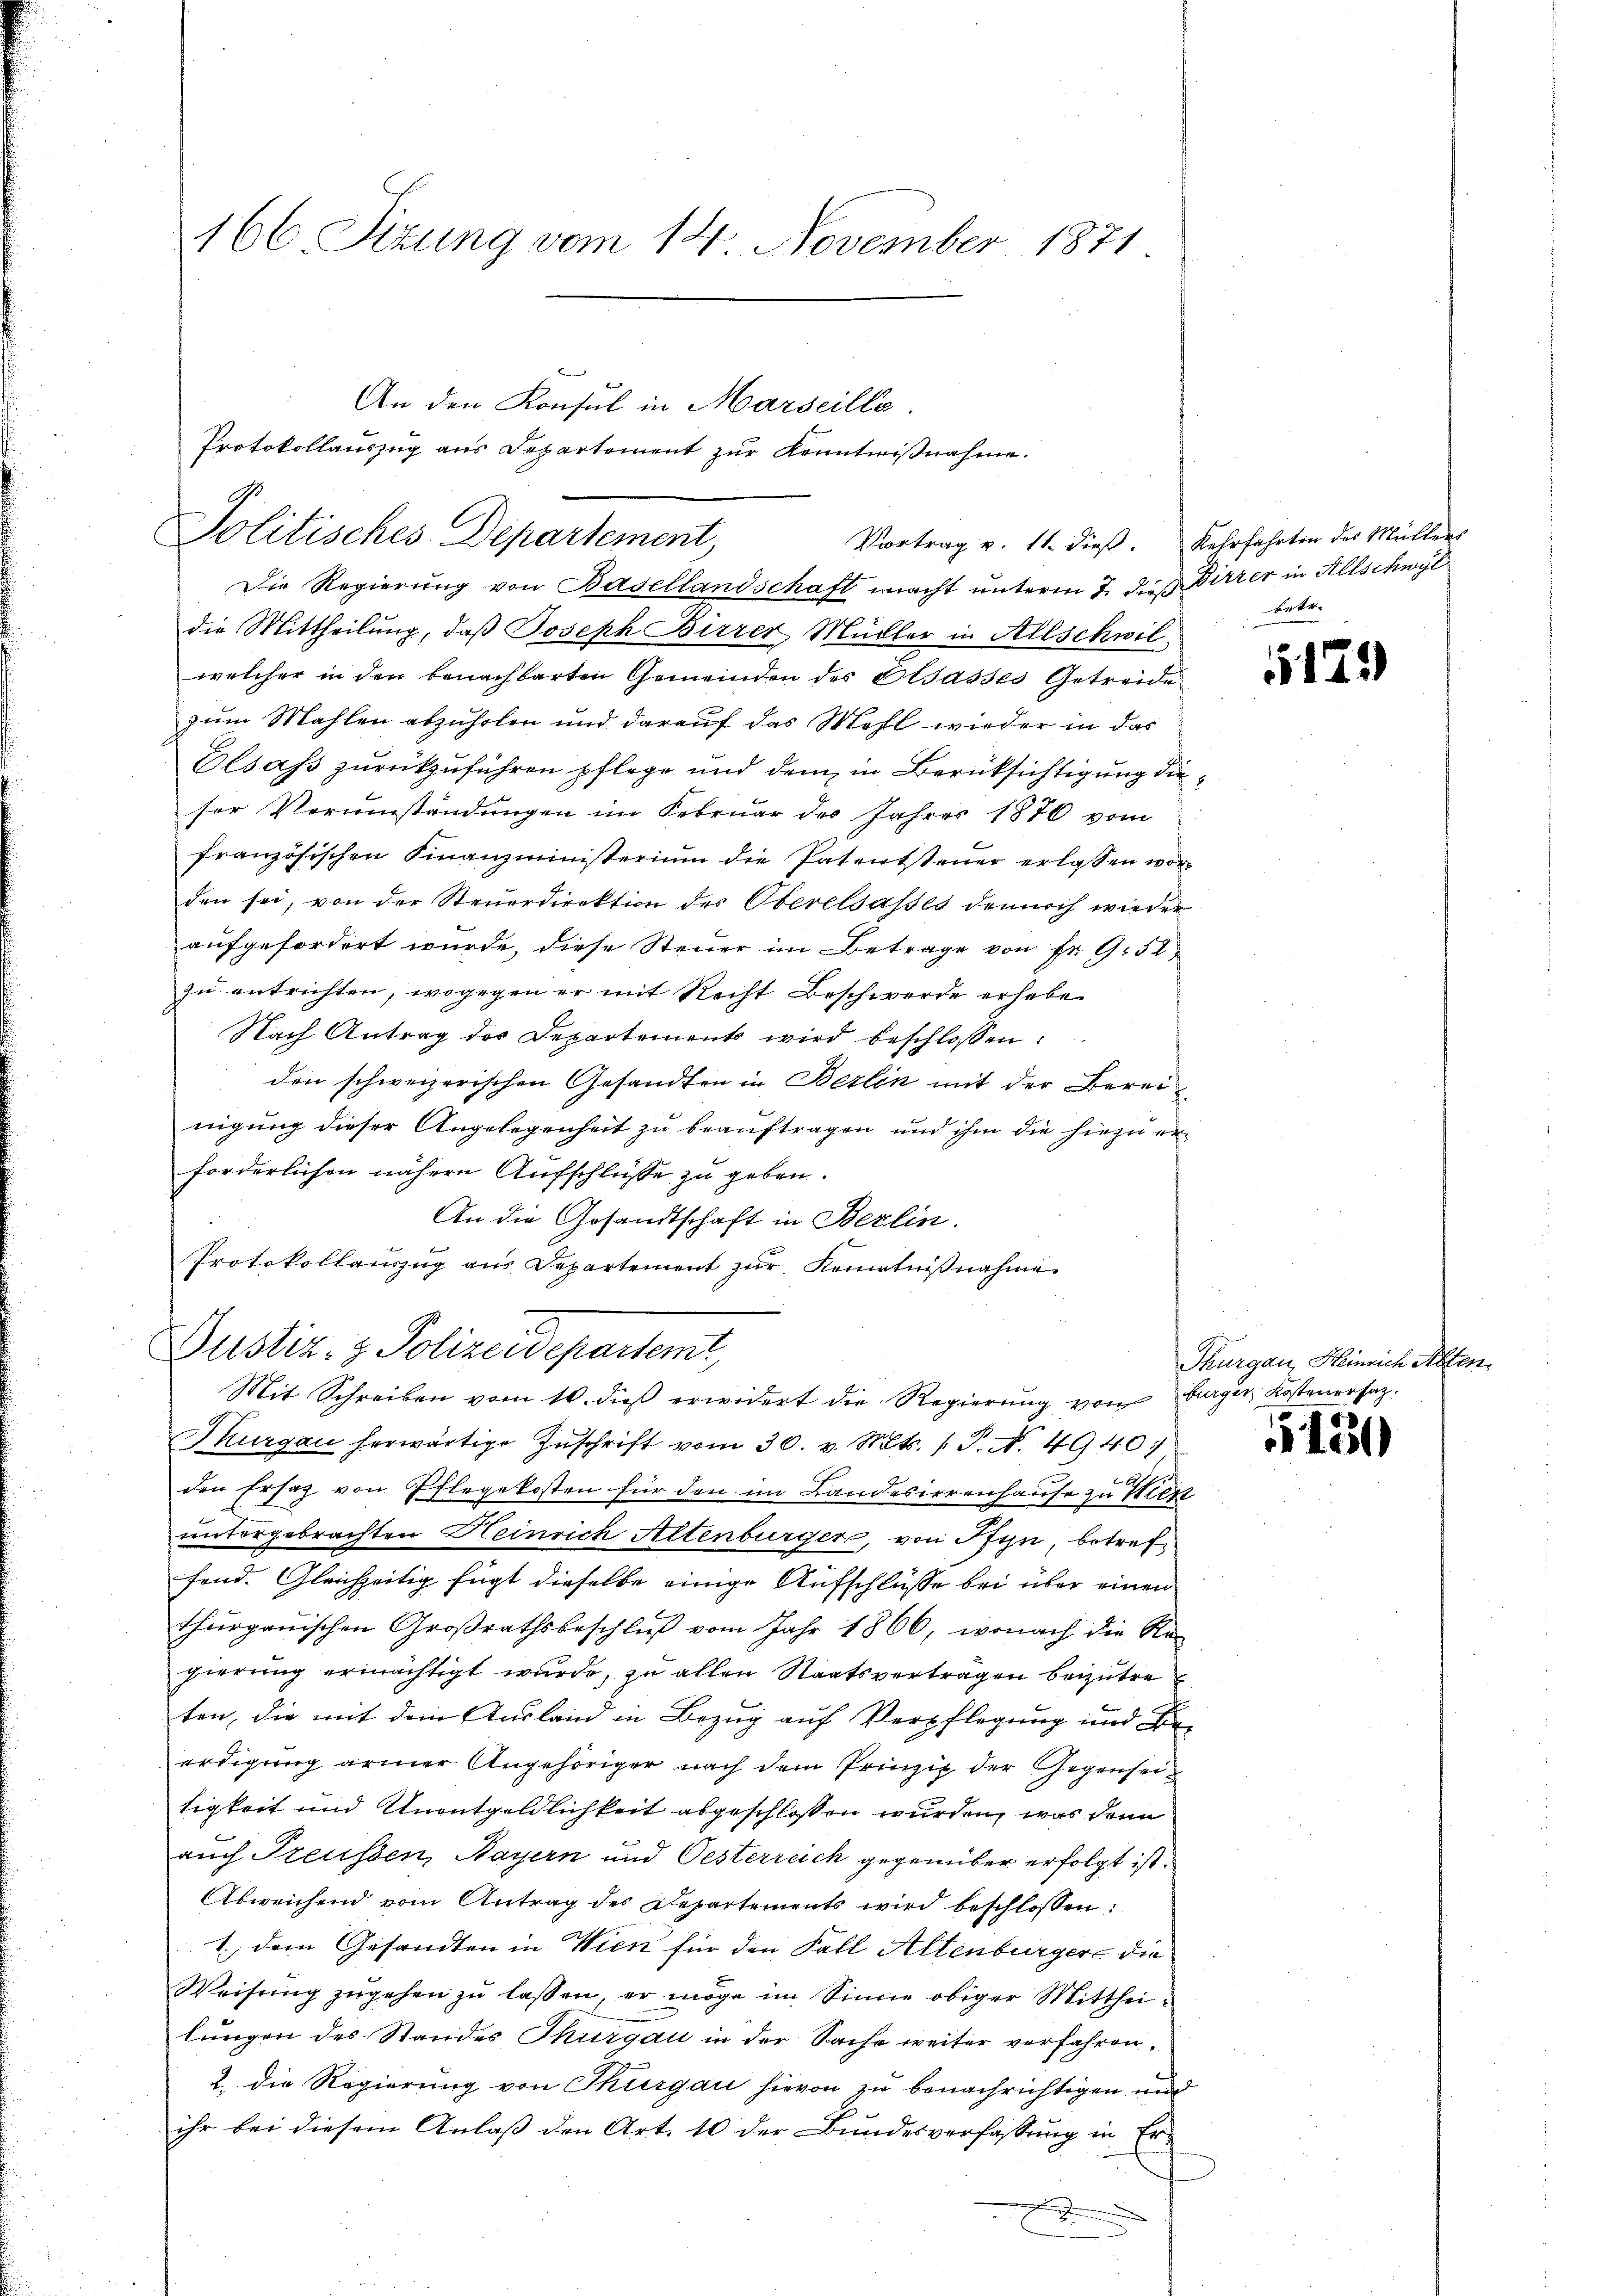
166 Sizung vom 14. November 1871

Die Regierung von Basellandschaft macht unterm 7. dieß Birrer in Allschwyl
die Mittheilung, daß Joseph Birrer Müller in Allschwil,
welcher in den benachbarten Gemeinden des Elsasses Getreide
zum Mahlen abzuholen und darauf das Mehl wieder in das
Elsass zurückzuführen pflege und dem in Berüksichtigung die
ser Verumständungen im Februar des Jahres 1876 vom
französischen Finanzministerium die Patentsteŭer erlassen worden sei, von der Steuerdirektion des Oberelsasses dennoch wieder
aufgefordert wurde, diese Steuer im Betrage von Fr. 9. 52
zu entrichten, wogegen er mit Recht Beschwerde erhebe
Nach Antrag der Departements wird beschlossen:
den schweizerischen Gesandten in Berlin mit der Berei
nigung dieser Angelegenheit zu beauftragen und ihm die hiezu er-
forderlichen nähere Aufschlüsse zu geben.
An die Gesandtschaft in Berlin.
Protokollanzug aus Departement zŭr Kenntniβnahme
2
Justiz- & Polizeidepartemt,
Mit Schreiben vom 16. dieß erwidert die Regierung von Burger Kostenersatz.
Thurgau herwärtige Zŭschrift vom 30. v. Mts. (T. N. 4940
den Ersatz von Pflegekosten für den im Landesirrenhause zu Wies
untergebrachten Heinrich Altenburger, von Pfyn, betreffand. Gleichzeitig fügt dieselbe einige Aufschlüsse bei über einen
thurgauischen Großrathsbeschluß vom Jahr 1866, wonach die Re
gierung ermächtigt wurde, zu allen Staatsvertragen beizutre
ten, die mit dem Ausland in Bezug auf Verpflegung und Be-
erdigung armer Angehöriger nach dem Prinzip der Gegenseitigkeit und Unentgeldlichkeit abgeschlossen wurden, was denn
auch Treussen, Bayern und Oesterreich gegenüber erfolgt ist.
Abweichend vom Antrag des Departements wird beschlossen:
1. dem Gesandten in Wien für den Fall Altenburger die
Weisŭng zŭgehen zŭ lassen, er möge im Sinne obiger Mittheilungen des Standes Thurgau in der Sache weiter verfahren.
2. die Regierung von Thurgau hievon zu benachrichtigen und
ihr bei diesem Anlaß den Art. 10 der Bundesverfassung in Er¬
.

An den Konsul in Marseilla
Protokollauszug aus Departement zur Kenntnißnahme.
Politisches Departement,
Vortrag v. 11. dieß. Kehrfahrten des Müllers

betr.

5129

Thurgau, Heinrich Alten

131